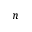
n